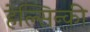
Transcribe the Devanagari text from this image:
हेल्सिन्की